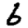
Digit: 6